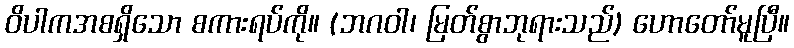
ဝိပါကအစရှိသော စကားရပ်ကို။ (ဘဂဝါ၊ မြတ်စွာဘုရားသည်) ဟောတော်မူပြီ။